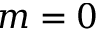
m = 0